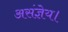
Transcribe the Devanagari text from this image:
असंज्ञेय।